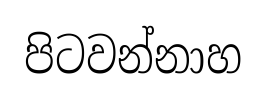
පිටවන්නාහ